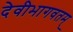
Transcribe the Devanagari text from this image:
देवीभागवतम्